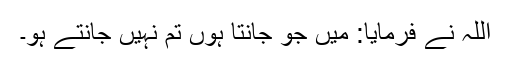
اللہ نے فرمایا: میں جو جانتا ہوں تم نہیں جانتے ہو۔